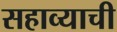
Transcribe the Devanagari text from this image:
सहाव्याची